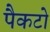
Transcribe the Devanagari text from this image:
पैकटो